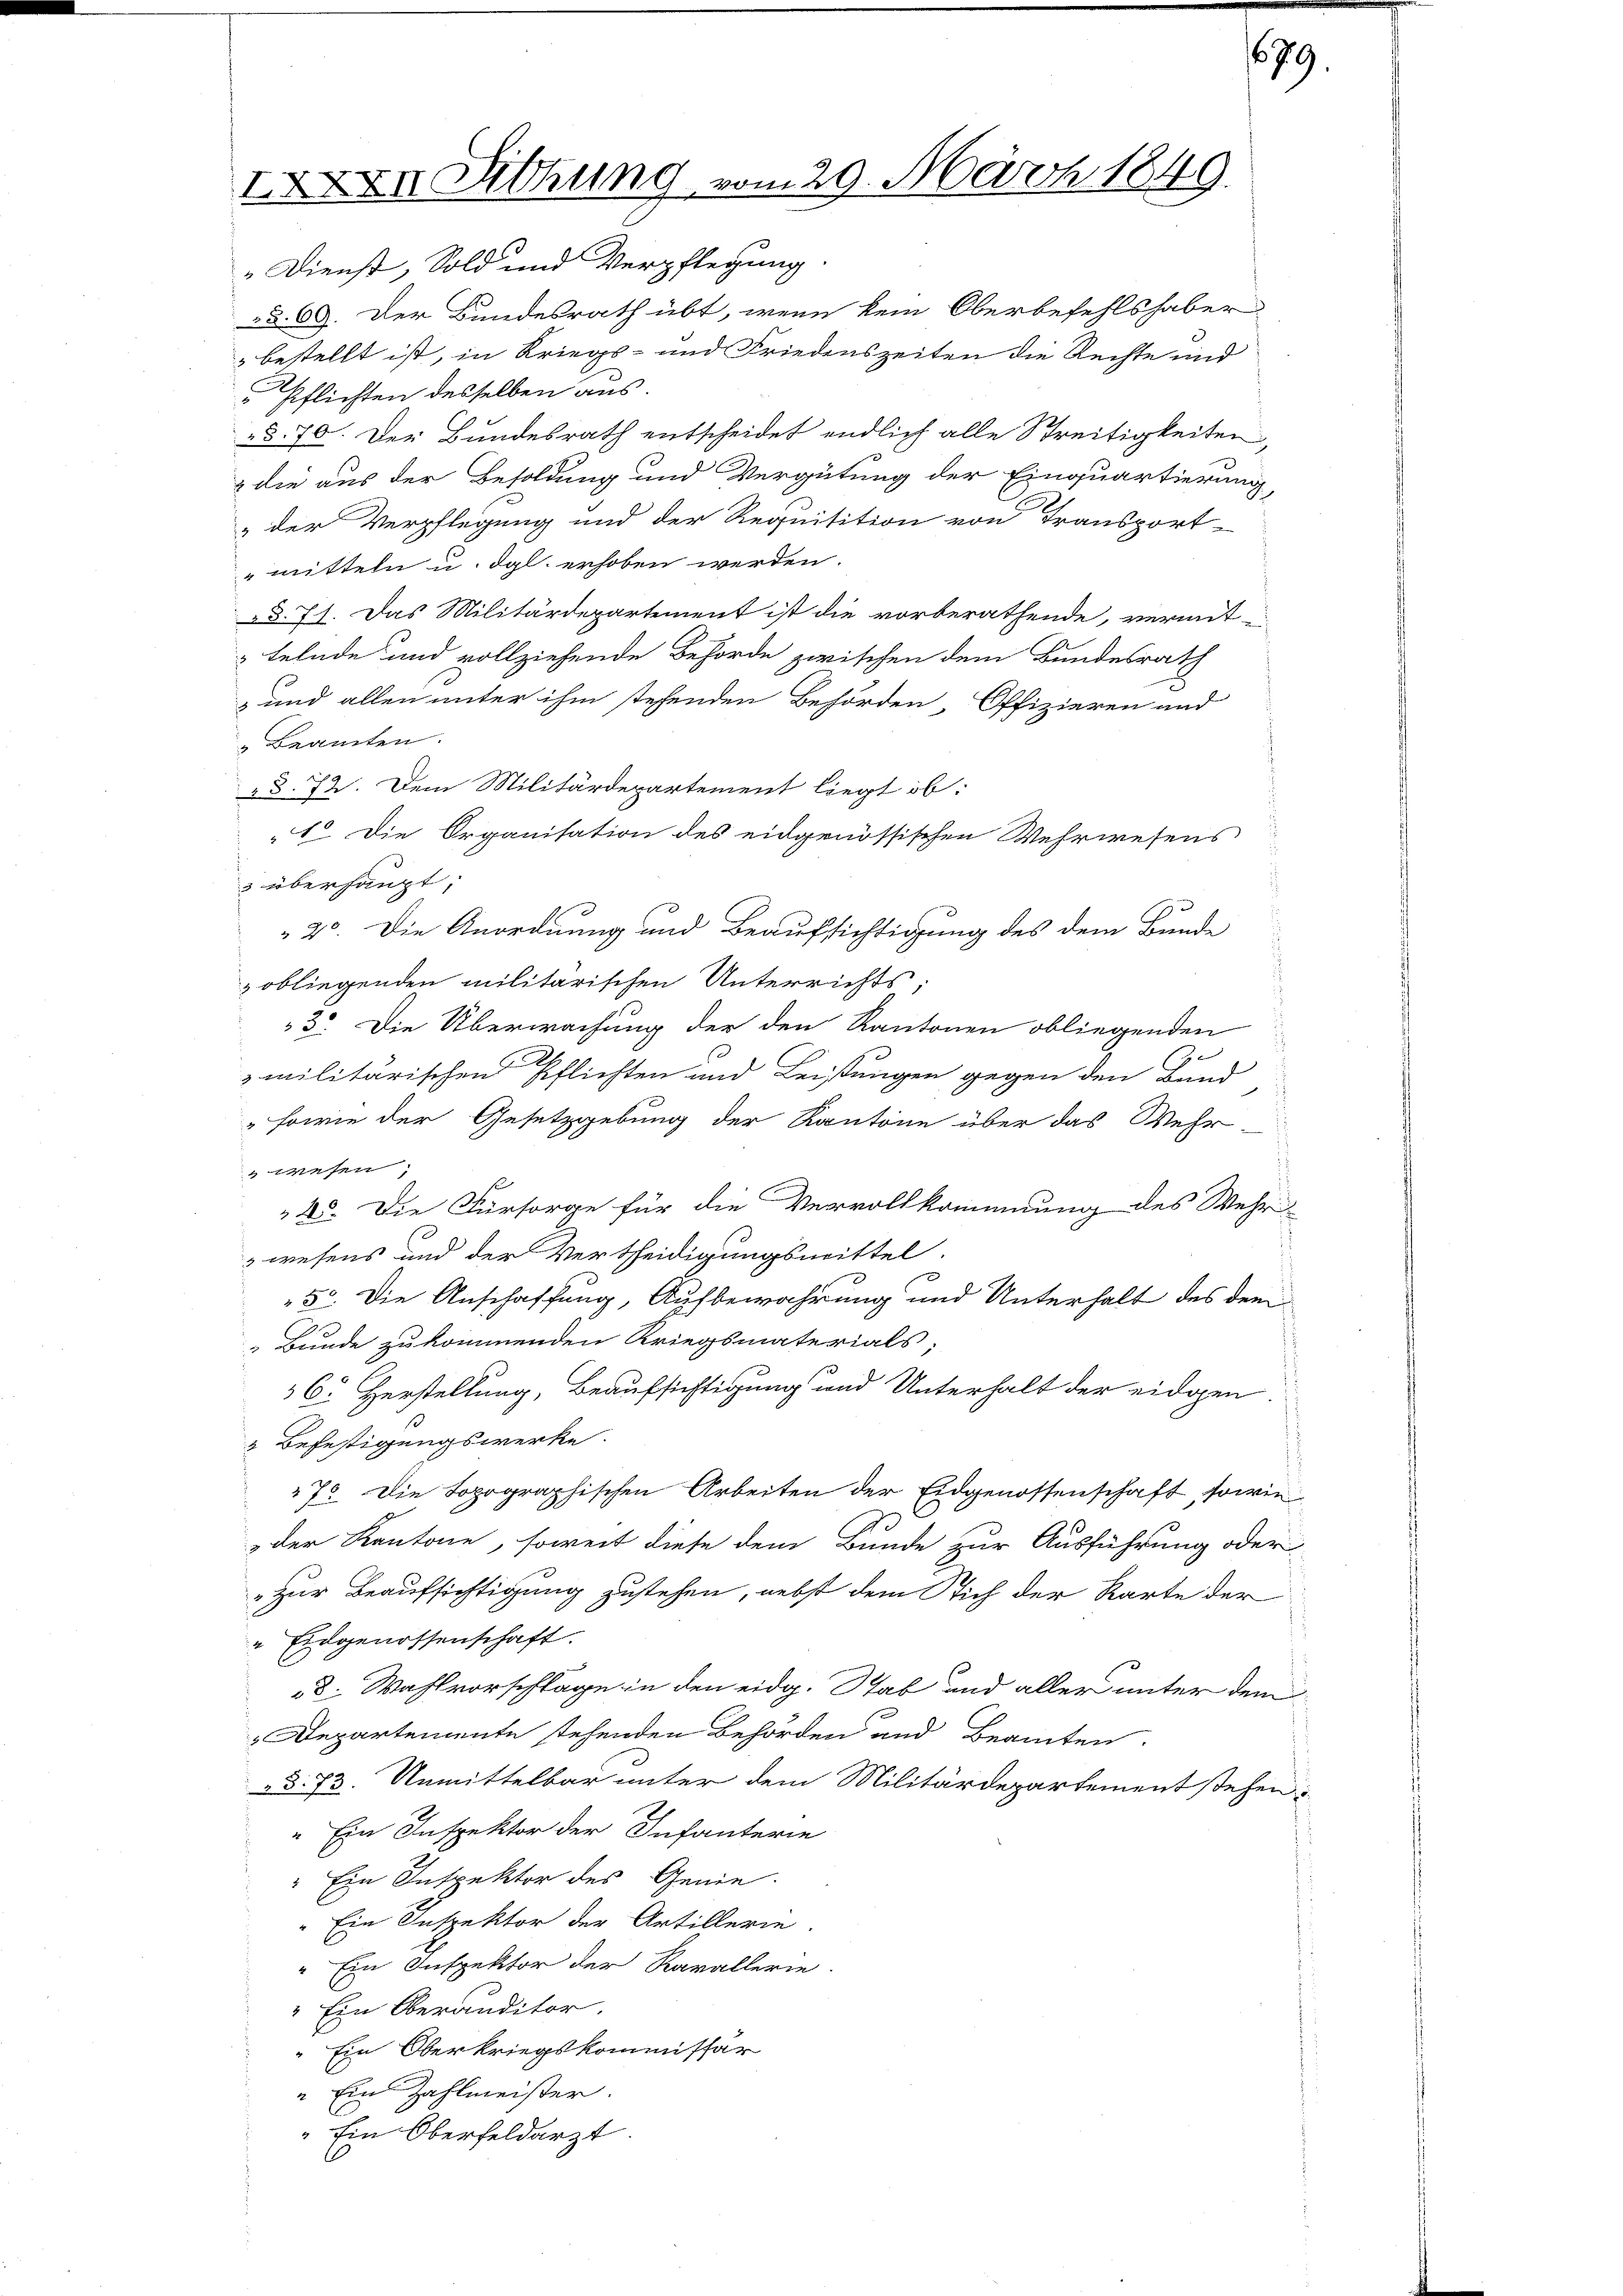
XXXII. Diehung vom 29. März 1849.

Dienst, Sold und Verpflegung.
§. 69. Der Bundesrath übt, wenn kein Oberbefehlshaber
bestellt ist, in Kriegs- und Friedenszeiten die Rechte und
Pflichten desselben aus.
§. 70. Der Bundesrath entscheidet endlich alle Streitigkeiten,
z die aus der Besoldung und Vergütung der Einquartierung,
" der Verpflegung und der Requisition von Transport-
mitteln u. dgl. erhoben werden.
d. 71. Das Militärdepartement ist die vorberathende, vermit-
telnde und vollziehende Behörde zwischen dem Bundesrath
 und allen unter ihm stehenden Behörden-Offizieren und
" Beamten.
"8. 72. Dem Militärdepartement liegt ob:
1. Die Organisation des eidgenössischen Wehrwesens
3 überhaupt,
20. Die Anordnung und Beaufsichtigung des dem Bunde
obliegenden militarischen Unterrichts;
3. Die Überwachung der den Kantonen obliegenden
6
zmilitärischen Pflichten und Leistungen gegen den Bund
"sowie der Gesetzgebung der Kantone über das Wehr
wesen,
45. Die Fürsorge für die Vervollkommnung des Wehr-
wesens und der Verscheidigungsmittel.
5. Die Anschaffung, Aufbewahrung und Unterhalt des dem
 Bunde zukommenden Kriegsmaterials,
6. Herstellung, Beaufsichtigung und Unterhalt der eidgen.
2 Befestigungswerke
27. Die Topographischen Arbeiten der Eidgenossenschaft, sowie
.
der Kantone, soweit diese dem Bunde zur Ausführung oder
„zur Beaufsichtigung zustehen, nebst dem Stich der Karte der
" Eidgenossenschaft.
8. Wahlvorschlage in den eidg. Stab und aller unter dem
Departemente stehenden Behörden und Beamten
„§. 73. Unmittelbar unter dem Militärdepartement stehen
" Ein Inspektor der Infanterie
Ein Inspektor des Genie-
" Ein Inspektor der Artillerie.
" Ein Inspektor der Kavallerie.
" Ein Oberanditor.
Ein Oberkriegskommissar
" Ein Zahlmeister.
" Ein Oberfeldarzt.

679.